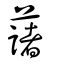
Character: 藷